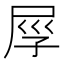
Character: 𡱟